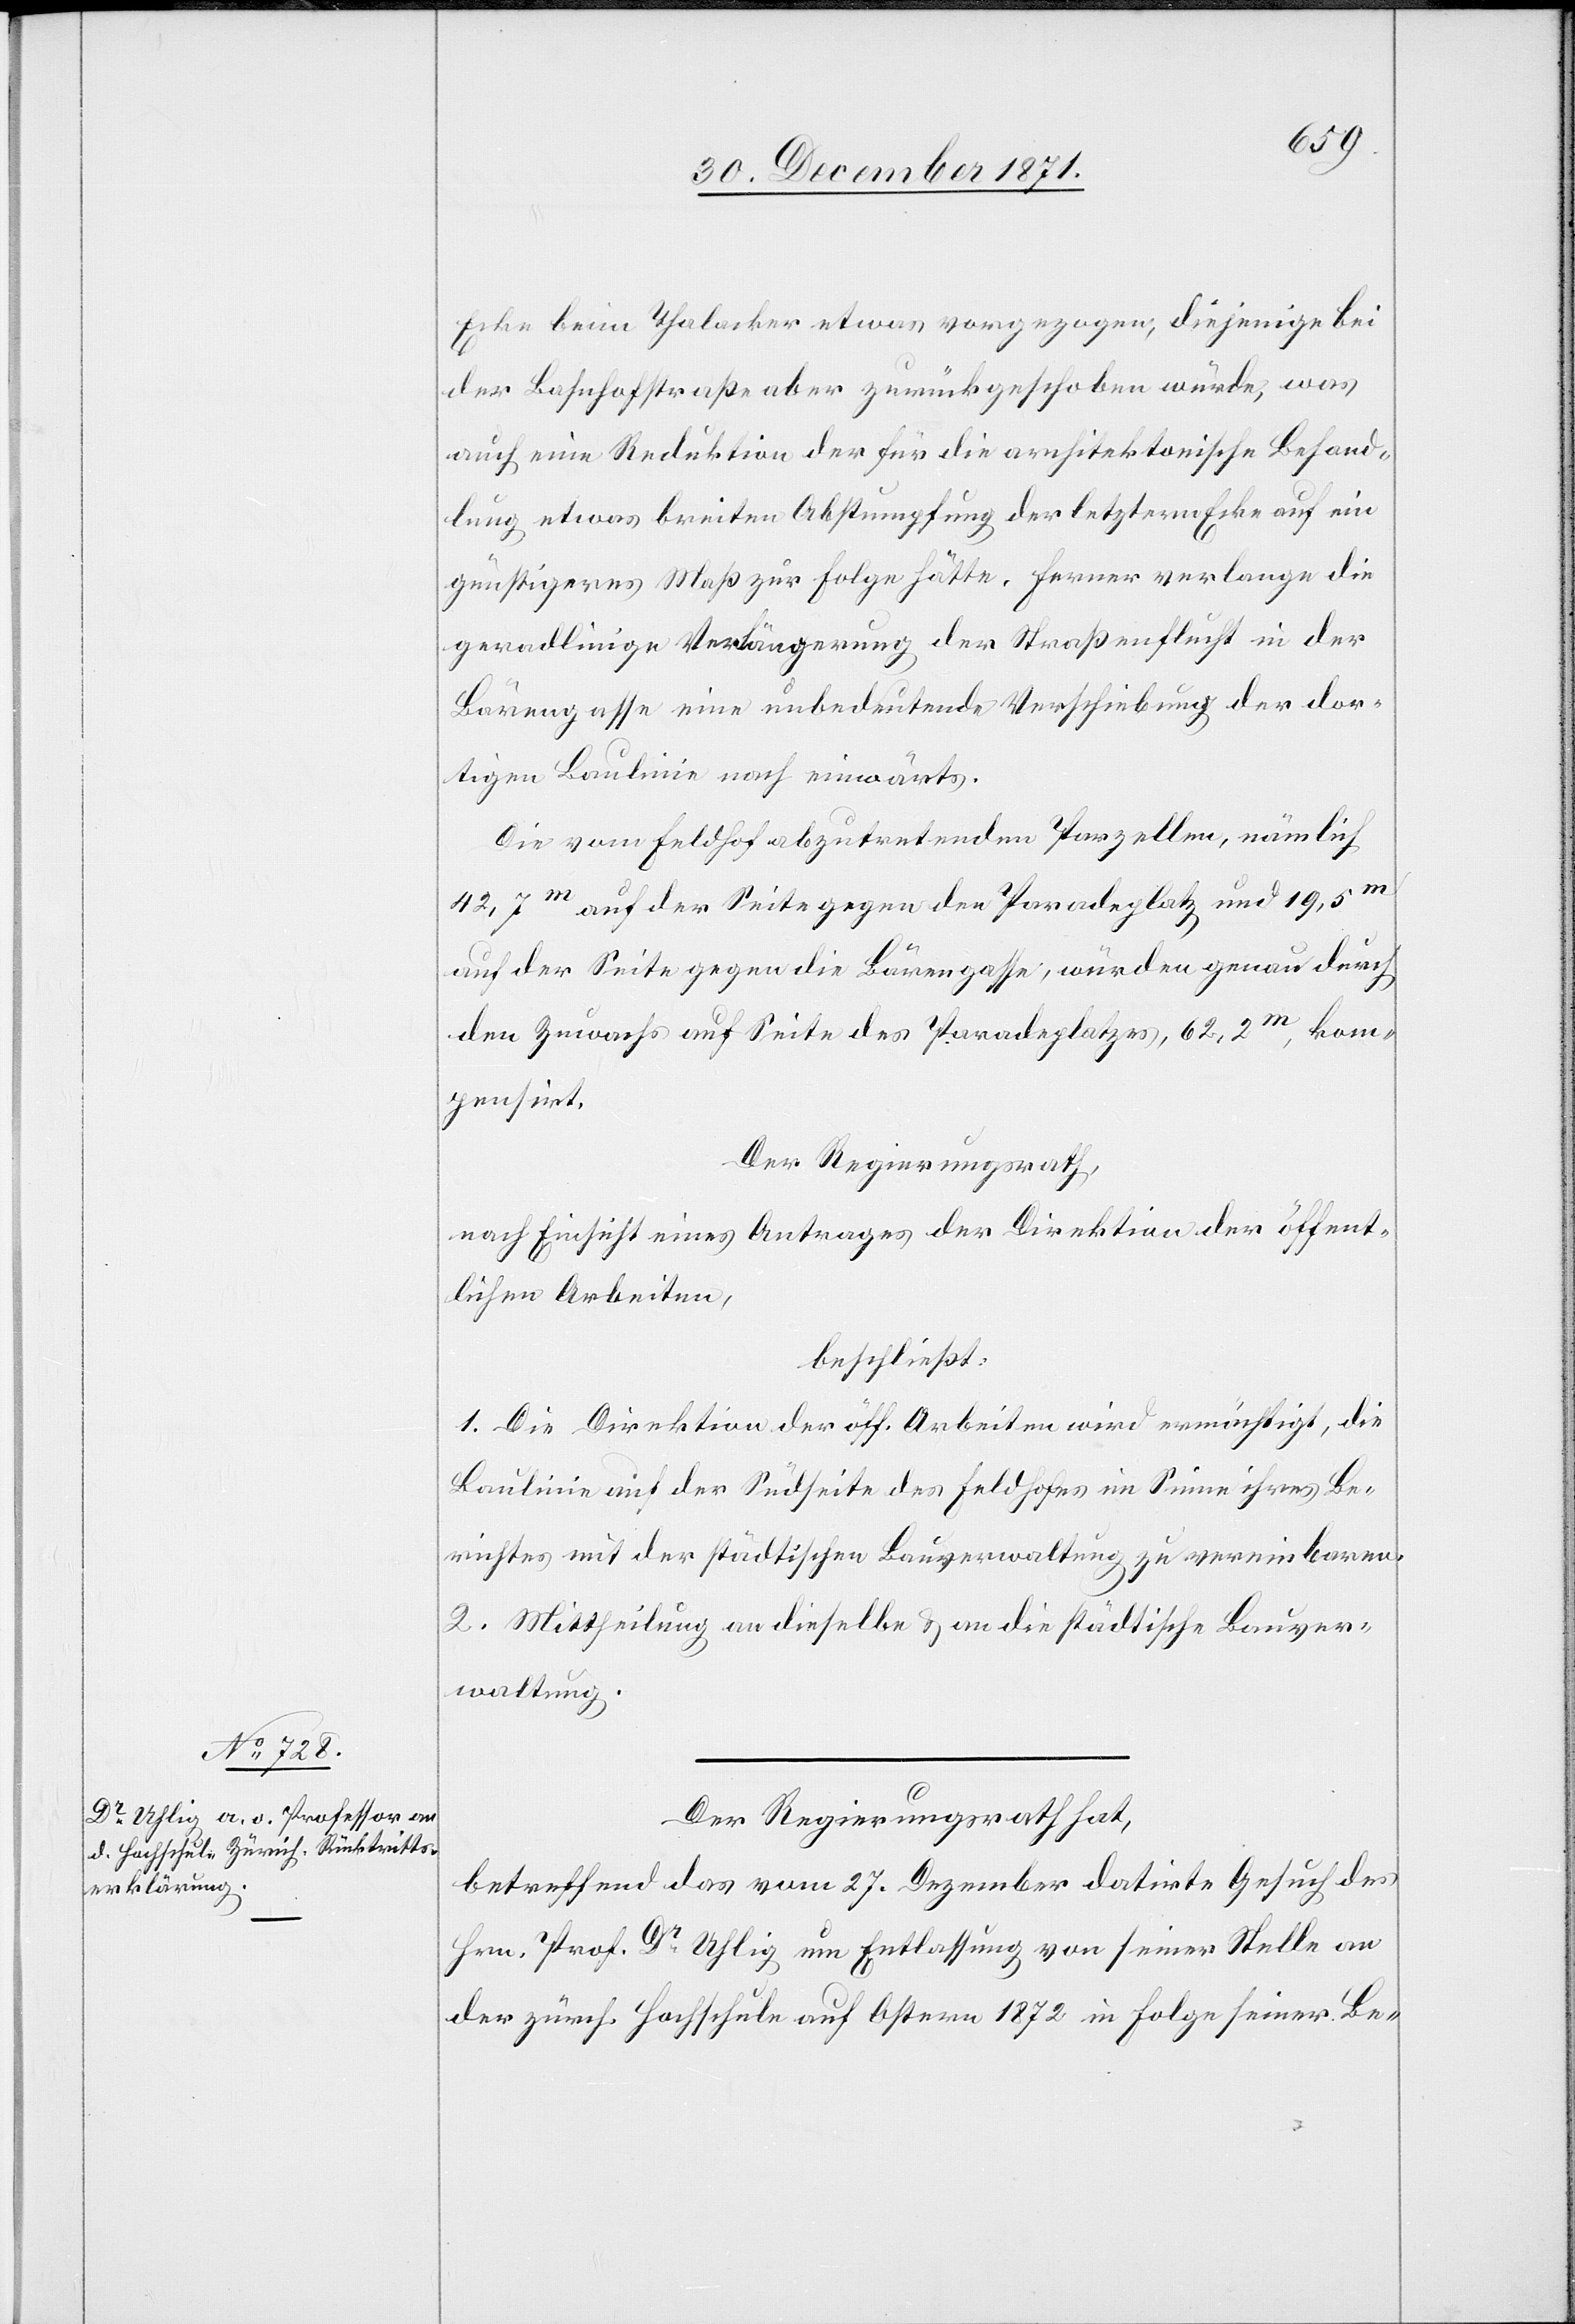
Ecke beim Thalacker etwas vorgezogen, diejenige bei
der Bahnhofstraße aber zurückgeschoben würde, was
auch eine Reduktion der für die architektonische Behand¬
lung etwas breiten Abstumpfung der letztern Ecke auf ein
günstigeres Maß zur Folge hätte. Ferner verlange die
geradlinige Verlängerung der Straßenflucht in der
Bärengasse eine unbedeutende Verschiebung der dor¬
tigen Baulinie nach einwärts.
Die vom Feldhof abzutretenden Parzellen, nämlich
42,7m auf der Seite gegen den Paradeplatz und 19,5m
auf der Seite gegen die Bärengasse, würden genau durch
den Zuwachs auf Seite des Paradeplatzes, 62,2m, kom¬
pensirt.
Der Regierungsrath,
nach Einsicht eines Antrages der Direktion der öffent¬
lichen Arbeiten,
beschließt:
1. Die Direktion der öff. Arbeiten wird ermächtigt, die
Baulinie auf der Rückseite des Feldhofes im Sinne ihres Be¬
richtes mit der städtischen Bauverwaltung zu vereinbaren.
2. Mittheilung an dieselbe & an die städtische Bauver¬
waltung.
Der Regierungsrath hat,
betreffend das vom 27. Dezember datirte Gesuch des
Hrn. Prof. Dr. Uhlig um Entlassung von seiner Stelle an
der zürch. Hochschule auf Ostern 1872 in Folge seiner Be-